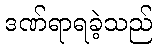
ဒဏ်ရာရခဲ့သည်